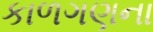
કાળગણના